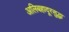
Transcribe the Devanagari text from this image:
अलिबहादूरसुद्धा